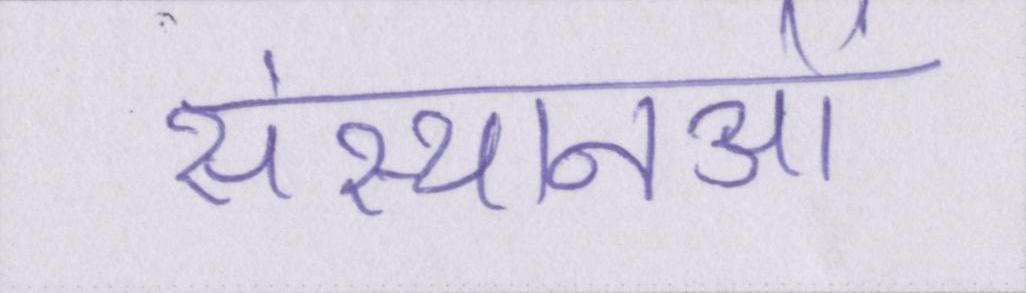
संस्थानओं